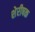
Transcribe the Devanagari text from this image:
शेरीषक